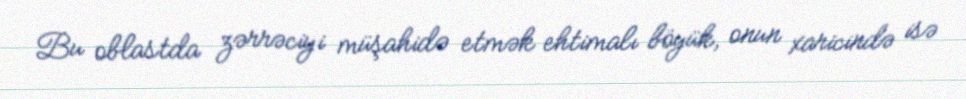
Bu oblastda zərrəciyi müşahidə etmək ehtimalı böyük, onun xaricində isə